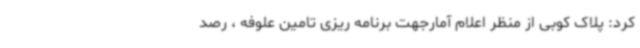
کرد: پلاک کوبی از منظر اعلام آمارجهت برنامه ریزی تامین علوفه ، رصد